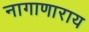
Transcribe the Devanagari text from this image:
नागाणाराय